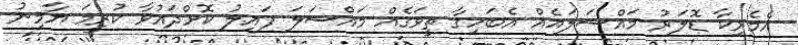
އެމެރިކާ ޑޮލަރު މައްސަލައެއް އެބަހިގާ ތީވަގެއް މައްސަލަ ފައިލު ކޮށްދައުވާ ކުރީމަ ޔާމިނު